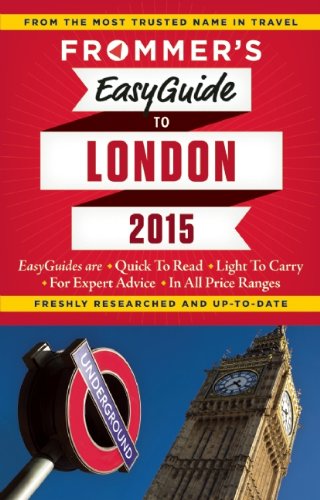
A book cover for Frommer's EasyGuide to London 2015 (Easy Guides); Jason Cochran; Travel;